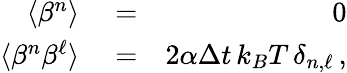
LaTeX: \begin{array}{rlr}{\langle\beta^{n}\rangle}&{{}=}&{0}\\ {\langle\beta^{n}\beta^{\ell}\rangle}&{{}=}&{2\alpha\Delta{t}\, k_{B}T\, \delta_{n,\ell}\, ,}\end{array}